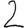
Digit: 2